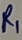
Text: R1